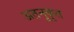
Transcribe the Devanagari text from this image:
अतनूकृत